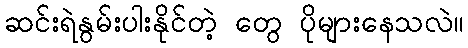
ဆင်းရဲနွမ်းပါးနိုင်တဲ့ တွေ ပိုများနေသလဲ။